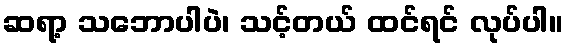
ဆရာ့ သဘောပါပဲ၊ သင့်တယ် ထင်ရင် လုပ်ပါ။